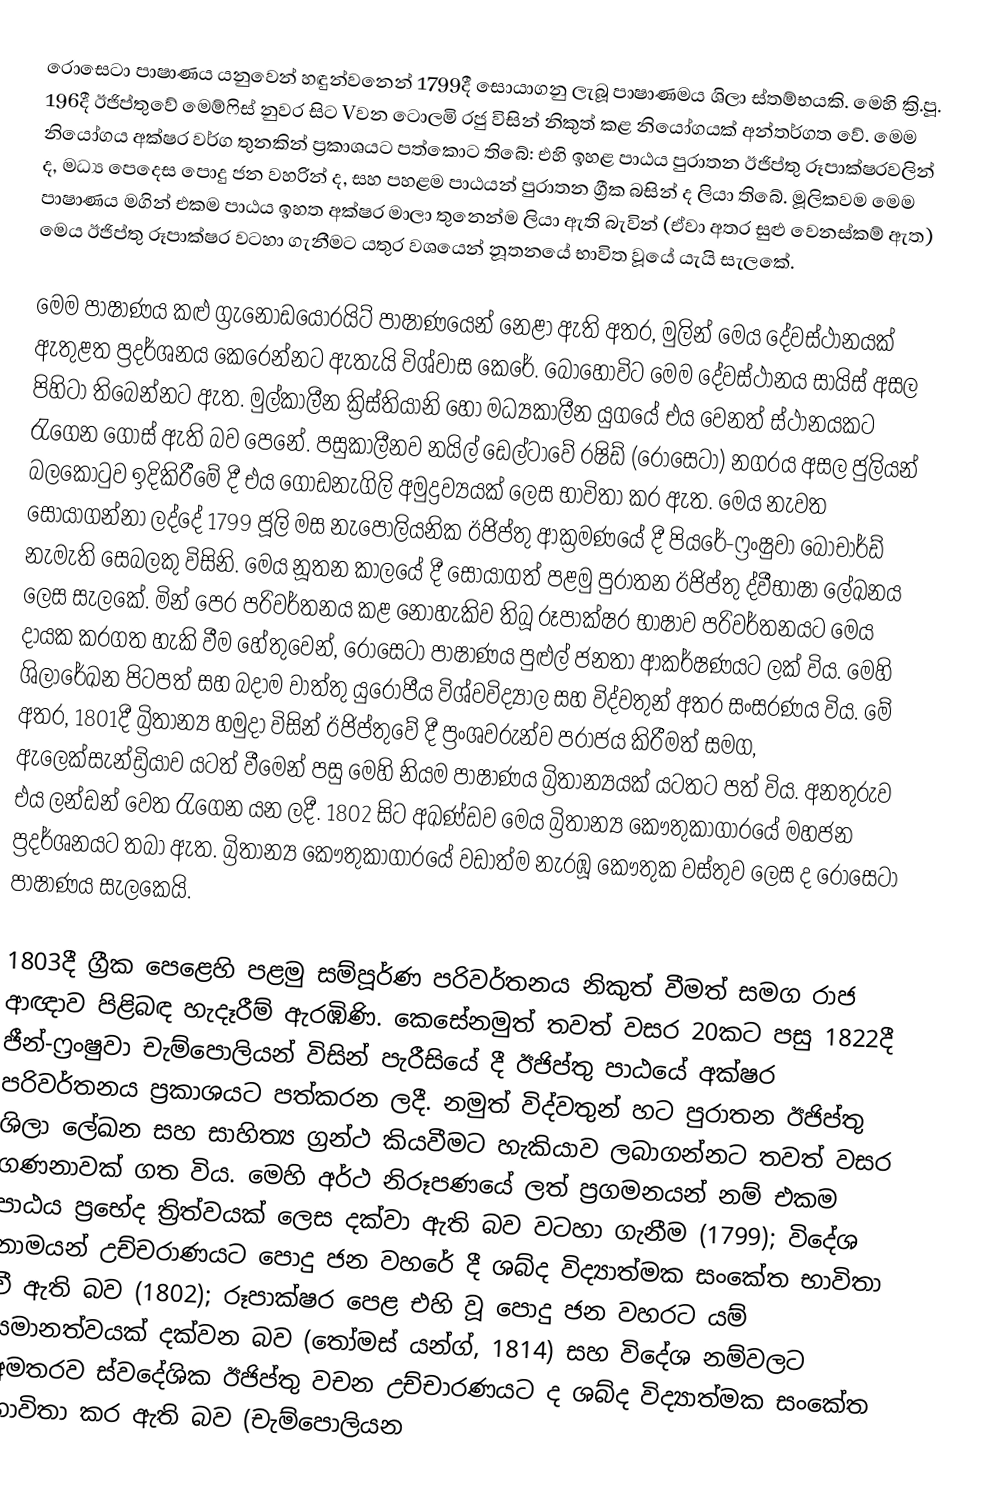
රොසෙටා පාෂාණය යනුවෙන් හඳුන්වන‍්නේ 1799දී සොයාගනු ලැබූ පාෂාණමය ශිලා ස්තම්භයකි. මෙහි ක්‍රි.පූ. 196දී ඊජිප්තුවේ මෙම්ෆිස් නුවර සිට Vවන ටොලමි රජු විසින් නිකුත් කළ නියෝගයක් අන්තර්ගත වේ. මෙම නියෝගය අක්ෂර වර්ග තුනකින් ප්‍රකාශයට පත්කොට තිබේ: එහි ඉහළ පාඨය පුරාතන ඊජිප්තු රූපාක්ෂරවලින් ද, මධ්‍ය පෙදෙස පොදු ජන වහරින් ද, සහ පහළම පාඨයන් පුරාතන ග්‍රීක බසින් ද ලියා තිබේ. මූලිකවම මෙම පාෂාණය මගින් එකම පාඨය ඉහත අක්ෂර මාලා තුනෙන්ම ලියා ඇති බැවින් (ඒවා අතර සුළු වෙනස්කම් ඇත) මෙය ඊජිප්තු රූපාක්ෂර වටහා ගැනීමට යතුර වශයෙන් නූතනයේ භාවිත වූයේ යැයි සැලකේ.

මෙම පාෂාණය කළු ග්‍රැනෝඩයෝරයිට් පාෂාණයෙන් නෙළා ඇති අතර, මුලින් මෙය දේවස්ථානයක් ඇතුළත ප්‍රදර්ශනය කෙරෙන්නට ඇතැයි විශ්වාස කෙරේ. බොහෝවිට මෙම දේවස්ථානය සායිස් අසල පිහිටා තිබෙන්නට ඇත. මුල්කාලීන ක්‍රිස්තියානි හෝ මධ්‍යකාලීන යුගයේ එය වෙනත් ස්ථානයකට රැගෙන ගොස් ඇති බව පෙනේ. පසුකාලීනව නයිල් ඩෙල්ටාවේ රෂිඩ් (රොසෙටා) නගරය අසල ජුලියන් බලකොටුව ඉදිකිරීමේ දී එය ගොඩනැගිලි අමුද්‍රව්‍යයක් ලෙස භාවිතා කර ඇත. මෙය නැවත සොයාගන්නා ලද්දේ 1799 ජූලි මස නැපෝලියනික ඊජිප්තු ආක්‍රමණයේ දී පියරේ-ෆ්‍රංෂුවා බෝචාර්ඩ් නැමැති සෙබලකු විසිනි. මෙය නූතන කාලයේ දී සොයාගත් පළමු පුරාතන ඊජිප්තු ද්වීභාෂා ලේඛනය ලෙස සැලකේ. මින් පෙර පරිවර්තනය කළ නොහැකිව තිබූ රූපාක්ෂර භාෂාව පරිවර්තනයට මෙය දායක කරගත හැකි වීම හේතුවෙන්, රොසෙටා පාෂාණය පුළුල් ජනතා ආකර්ෂණයට ලක් විය. මෙහි ශිලාරේඛන පිටපත් සහ බදාම වාත්තු යුරෝපීය විශ්වවිද්‍යාල සහ විද්වතුන් අතර සංසරණය විය. මේ අතර, 1801දී බ්‍රිතාන්‍ය හමුදා විසින් ඊජිප්තුවේ දී ප්‍රංශවරුන්ව පරාජය කිරීමත් සමග, ඇලෙක්සැන්ඩ්‍රියාව යටත් වීමෙන් පසු මෙහි නියම පාෂාණය බ්‍රිතාන්‍යයක් යටතට පත් විය. අනතුරුව එය ලන්ඩන් වෙත රැගෙන යන ලදී. 1802 සිට අඛණ්ඩව මෙය බ්‍රිතාන්‍ය කෞතුකාගාරයේ මහජන ප්‍රදර්ශනයට තබා ඇත. බ්‍රිතාන්‍ය කෞතුකාගාරයේ වඩාත්ම නැරඹූ කෞතුක වස්තුව ලෙස ද රොසෙටා පාෂාණය සැලකෙයි.

1803දී ග්‍රීක පෙළෙහි පළමු සම්පූර්ණ පරිවර්තනය නිකුත් වීමත් සමග රාජ ආඥාව පිළිබඳ හැදෑරීම් ඇරඹිණි. කෙසේනමුත් තවත් වසර 20කට පසු 1822දී ජීන්-ෆ්‍රංෂුවා චැම්පොලියන් විසින් පැරීසියේ දී ඊජිප්තු පාඨයේ අක්ෂර පරිවර්තනය ප්‍රකාශයට පත්කරන ලදී. නමුත් විද්වතුන් හට පුරාතන ඊජිප්තු ශිලා ලේඛන සහ සාහිත්‍ය ග්‍රන්ථ කියවීමට හැකියාව ලබාගන්නට තවත් වසර ගණනාවක් ගත විය. මෙහි අර්ථ නිරූපණයේ ලත් ප්‍රගමනයන් නම් එකම පාඨය ප්‍රභේද ත්‍රිත්වයක්‍ ලෙස දක්වා ඇති බව වටහා ගැනීම (1799); විදේශ නාමයන් උච්චරාණයට පොදු ජන වහරේ දී ශබ්ද විද්‍යාත්මක සංකේත භාවිතා වී ඇති බව (1802); රූපාක්ෂර ‍පෙළ එහි වූ පොදු ජන වහරට යම් සමානත්වයක් දක්වන බව (තෝමස් යන්ග්, 1814) සහ විදේශ නම්වලට අමතරව ස්වදේශික ඊජිප්තු වචන උච්චාරණයට ද ශබ්ද විද්‍යාත්මක සංකේත භාවිතා කර ඇති බව (චැම්පොලියන